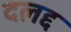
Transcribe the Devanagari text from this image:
दलद्द